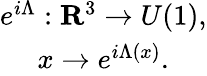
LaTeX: \begin{array}{c}{{e^{i\Lambda}:{\mathbf R}^{3}\rightarrow U(1),}}\\ {{x\rightarrow e^{i\Lambda(x)}.}}\end{array}